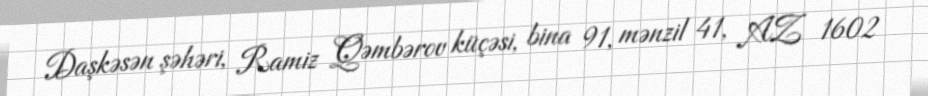
Daşkəsən şəhəri, Ramiz Qəmbərov küçəsi, bina 91, mənzil 41, AZ 1602